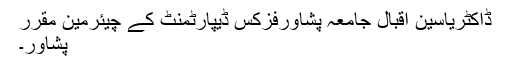
ڈاکٹریاسین اقبال جامعہ پشاورفزکس ڈیپارٹمنٹ کے چیئرمین مقرر
پشاور۔